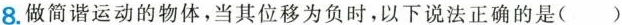
8.做简谐运动的物体，当其位移为负时，以下说法正确的是( )